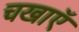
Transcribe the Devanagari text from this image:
चखाएॅ